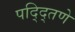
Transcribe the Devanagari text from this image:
पद्द्तिणे